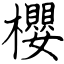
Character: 櫻